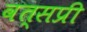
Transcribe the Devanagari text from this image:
वत्सप्री